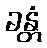
ခန္တံ